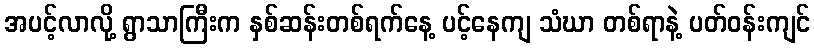
အပင့်လာလို့ ရွာသာကြီးက နှစ်ဆန်းတစ်ရက်နေ့ ပင့်နေကျ သံဃာ တစ်ရာနဲ့ ပတ်ဝန်းကျင်